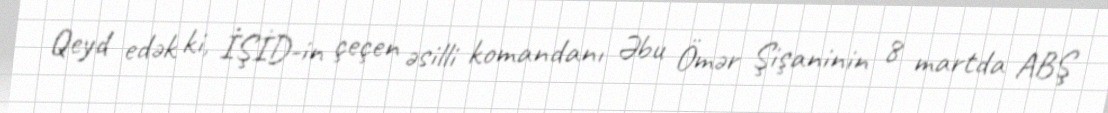
Qeyd edək ki, İŞİD-in çeçen əsilli komandanı Əbu Ömər Şişaninin 8 martda ABŞ